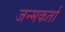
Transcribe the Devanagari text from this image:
जन्मकर्ता